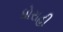
ધોરાહી